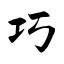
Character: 巧